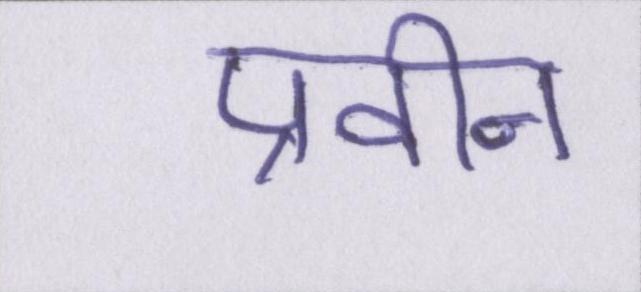
प्रवीन